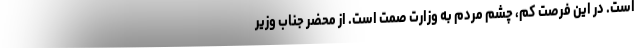
است. در این فرصت کم، چشم مردم به وزارت صمت است. از محضر جناب وزیر